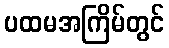
ပထမအကြိမ်တွင်